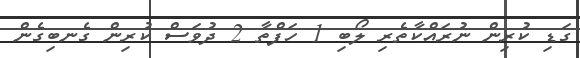
ގަޑި ކުރިން ނުރައްކާތެރި ލޯބި 1 ހަފްތާ 2 ދުވަސް ކުރިން ގެނބިގެން